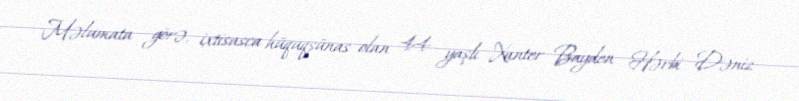
Məlumata görə, ixtisasca hüquqşünas olan 44 yaşlı Xanter Bayden Hərbi Dəniz